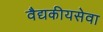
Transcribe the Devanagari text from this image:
वैद्यकीयसेवा